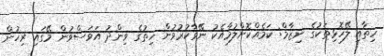
ހިތާއި ލޭހޮޅިތަކުގެ ނިޒާމް: ކަމެއްކޮށްލުމާއެކު ނޭވާކުރުވުން ހިތުގެ ވިންދު އަވަސްވުން މޭގައި ރިހުން